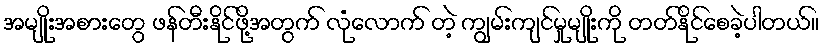
အမျိုးအစားတွေ ဖန်တီးနိုင်ဖို့အတွက် လုံလောက် တဲ့ ကျွမ်းကျင်မှုမျိုးကို တတ်နိုင်စေခဲ့ပါတယ်။